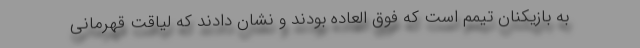
به بازیکنان تیمم است که فوق العاده بودند و نشان دادند که لیاقت قهرمانی